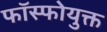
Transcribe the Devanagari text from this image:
फॉस्फोयुक्त